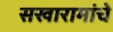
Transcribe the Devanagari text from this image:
सखारामांचे